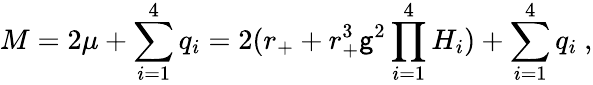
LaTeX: M=2\mu+\sum_{i=1}^{4}q_{i}=2(r_{+}+r_{+}^{3}\mathsf{g}^{2}\prod_{i=1}^{4}H_{i})+\sum_{i=1}^{4}q_{i}\ ,